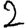
Digit: 2